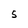
Character: 5